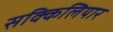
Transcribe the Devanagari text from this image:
सक्किलियार